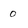
Character: 0